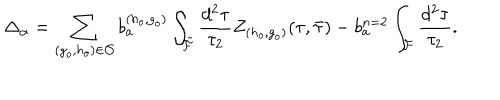
\Delta _ { \alpha } = \sum _ { ( g _ { o } , h _ { o } ) \in { \cal O } } b _ { a } ^ { ( h _ { o } , g _ { o } ) } \int _ { \tilde { \cal F } } \frac { d ^ { 2 } \tau } { \tau _ { 2 } } Z _ { ( h _ { o } , g _ { o } ) } ( \tau , { \bar { \tau } } ) - b _ { a } ^ { n = 2 } \int _ { \cal F } \frac { d ^ { 2 } \tau } { \tau _ { 2 } } .